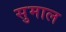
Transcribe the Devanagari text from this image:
सुमाल